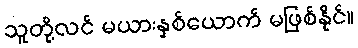
သူတို့လင် မယားနှစ်ယောက် မဖြစ်နိုင်။